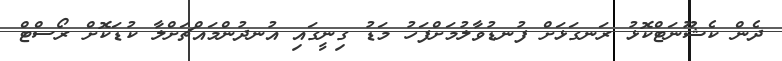
ދެން ކެޝޫނަޓްކޮޅު ރަނގަޅަށް ފުނޑުވާލުމަށްފަހު މަޑު ގިނީގައި އުނދުންމައްޗަށްލާ ކުޑަކޮށް ރޯސްޓް